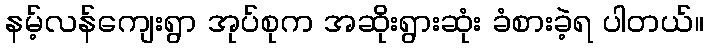
နမ့်လန်ကျေးရွာ အုပ်စုက အဆိုးရွားဆုံး ခံစားခဲ့ရ ပါတယ်။